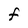
Character: F